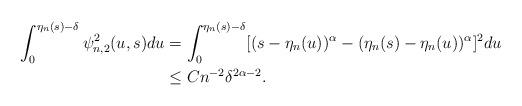
LaTeX: \begin{align*} \int^{\eta_n(s)-\delta}_0 \psi_{n,2}^2(u,s) du & = \int^{\eta_n(s)-\delta}_0 [ (s- \eta_n(u))^{\alpha} - (\eta_n(s)- \eta_n(u) )^\alpha] ^2du \\ & \le C n^{-2} \delta^{2\alpha-2}. \end{align*}